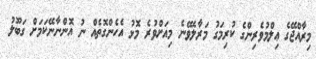
މިރާއްޖޭގެ ޢިލްމުވެރިންގެ ކުރިމަގު މަރާލެވޭނެ މިއަށްވުރެ މޮޅު އެހެންގޮތެއް ނު އޮންނާނޭކަމަށް ގަބޫލު